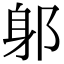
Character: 𨈕